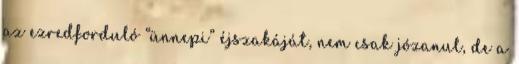
az ezredforduló “ünnepi” éjszakáját, nem csak józanul, de a